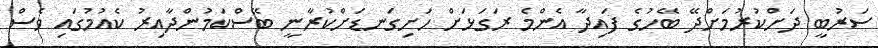
ސަރުބީ ދަށްކުރުމަށްދޭ ބޭހުގެ ފައިދާ އެންމެ ރަގަޅަށް ހަށިގަނޑަށްކުރާނީ ބޭސްކަމުންދާއިރު ކެއުމުގައި ވެސް